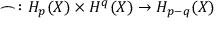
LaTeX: \frown \colon H _ { p } ( X ) \times H ^ { q } ( X ) \to H _ { p - q } ( X )